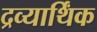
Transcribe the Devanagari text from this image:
द्रव्यार्थिंक